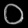
Digit: ၀